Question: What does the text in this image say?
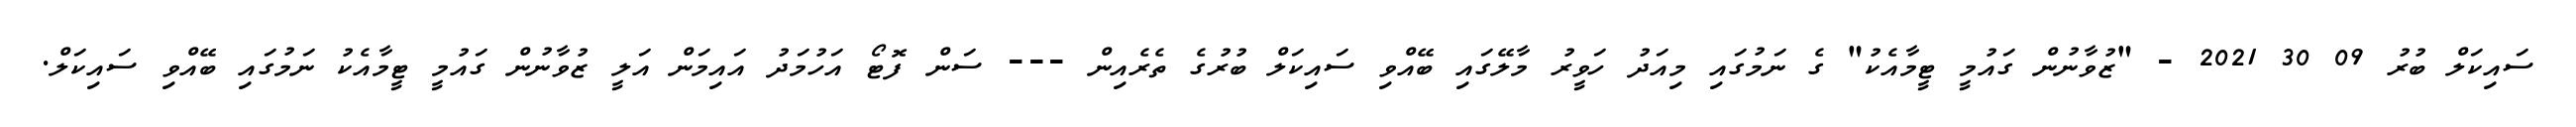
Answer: ސައިކަލް ބުރު 09 30 2021 - "ޒުވާނުން ގައުމީ ޓީމާއެކު" ގެ ނަމުގައި މިއަދު ހަވީރު މާލޭގައި ބޭއްވި ސައިކަލް ބުރުގެ ތެރެއިން --- ސަން ފޮޓޯ އަހުމަދު އައިމަން އަލީ ޒުވާނުން ގައުމީ ޓީމާއެކު ނަމުގައި ބޭއްވި ސައިކަލް.